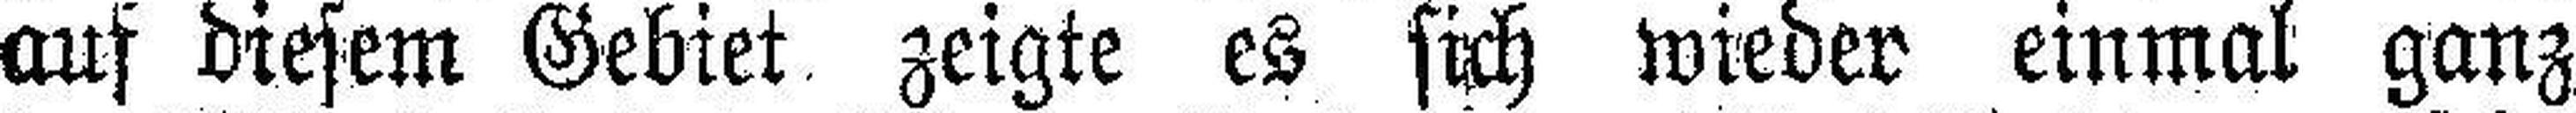
auf diesem Gebiet zeigte es sich wieder einmal ganz